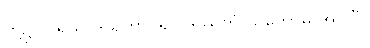
တို့၌။ ပရိယာဒိယိတွာ၊ ၍။ ဒဿိတံ၊ ပြတော်မူ အပ်ပြီ။